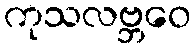
ကုသလဗ္ဘဝေ